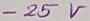
Text: -25V